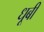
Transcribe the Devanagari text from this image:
धूबी